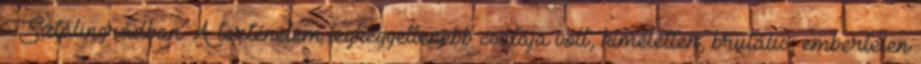
Sztálingrádban. A történelem legkegyetlenebb csatája volt, kíméletlen, brutális, embertelen